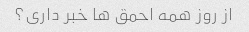
از روز همه احمق ها خبر داری؟